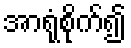
အာရုံစိုက်၍